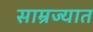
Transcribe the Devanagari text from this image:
साम्रज्यात